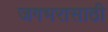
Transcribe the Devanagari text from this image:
जगभरासाठी